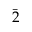
\bar { 2 }